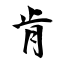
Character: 肯